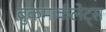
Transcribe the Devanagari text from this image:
बुकमार्कलेट्स